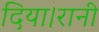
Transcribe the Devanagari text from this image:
दिया।रानी